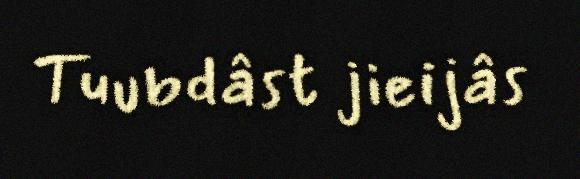
Tuubdâst jieijâs